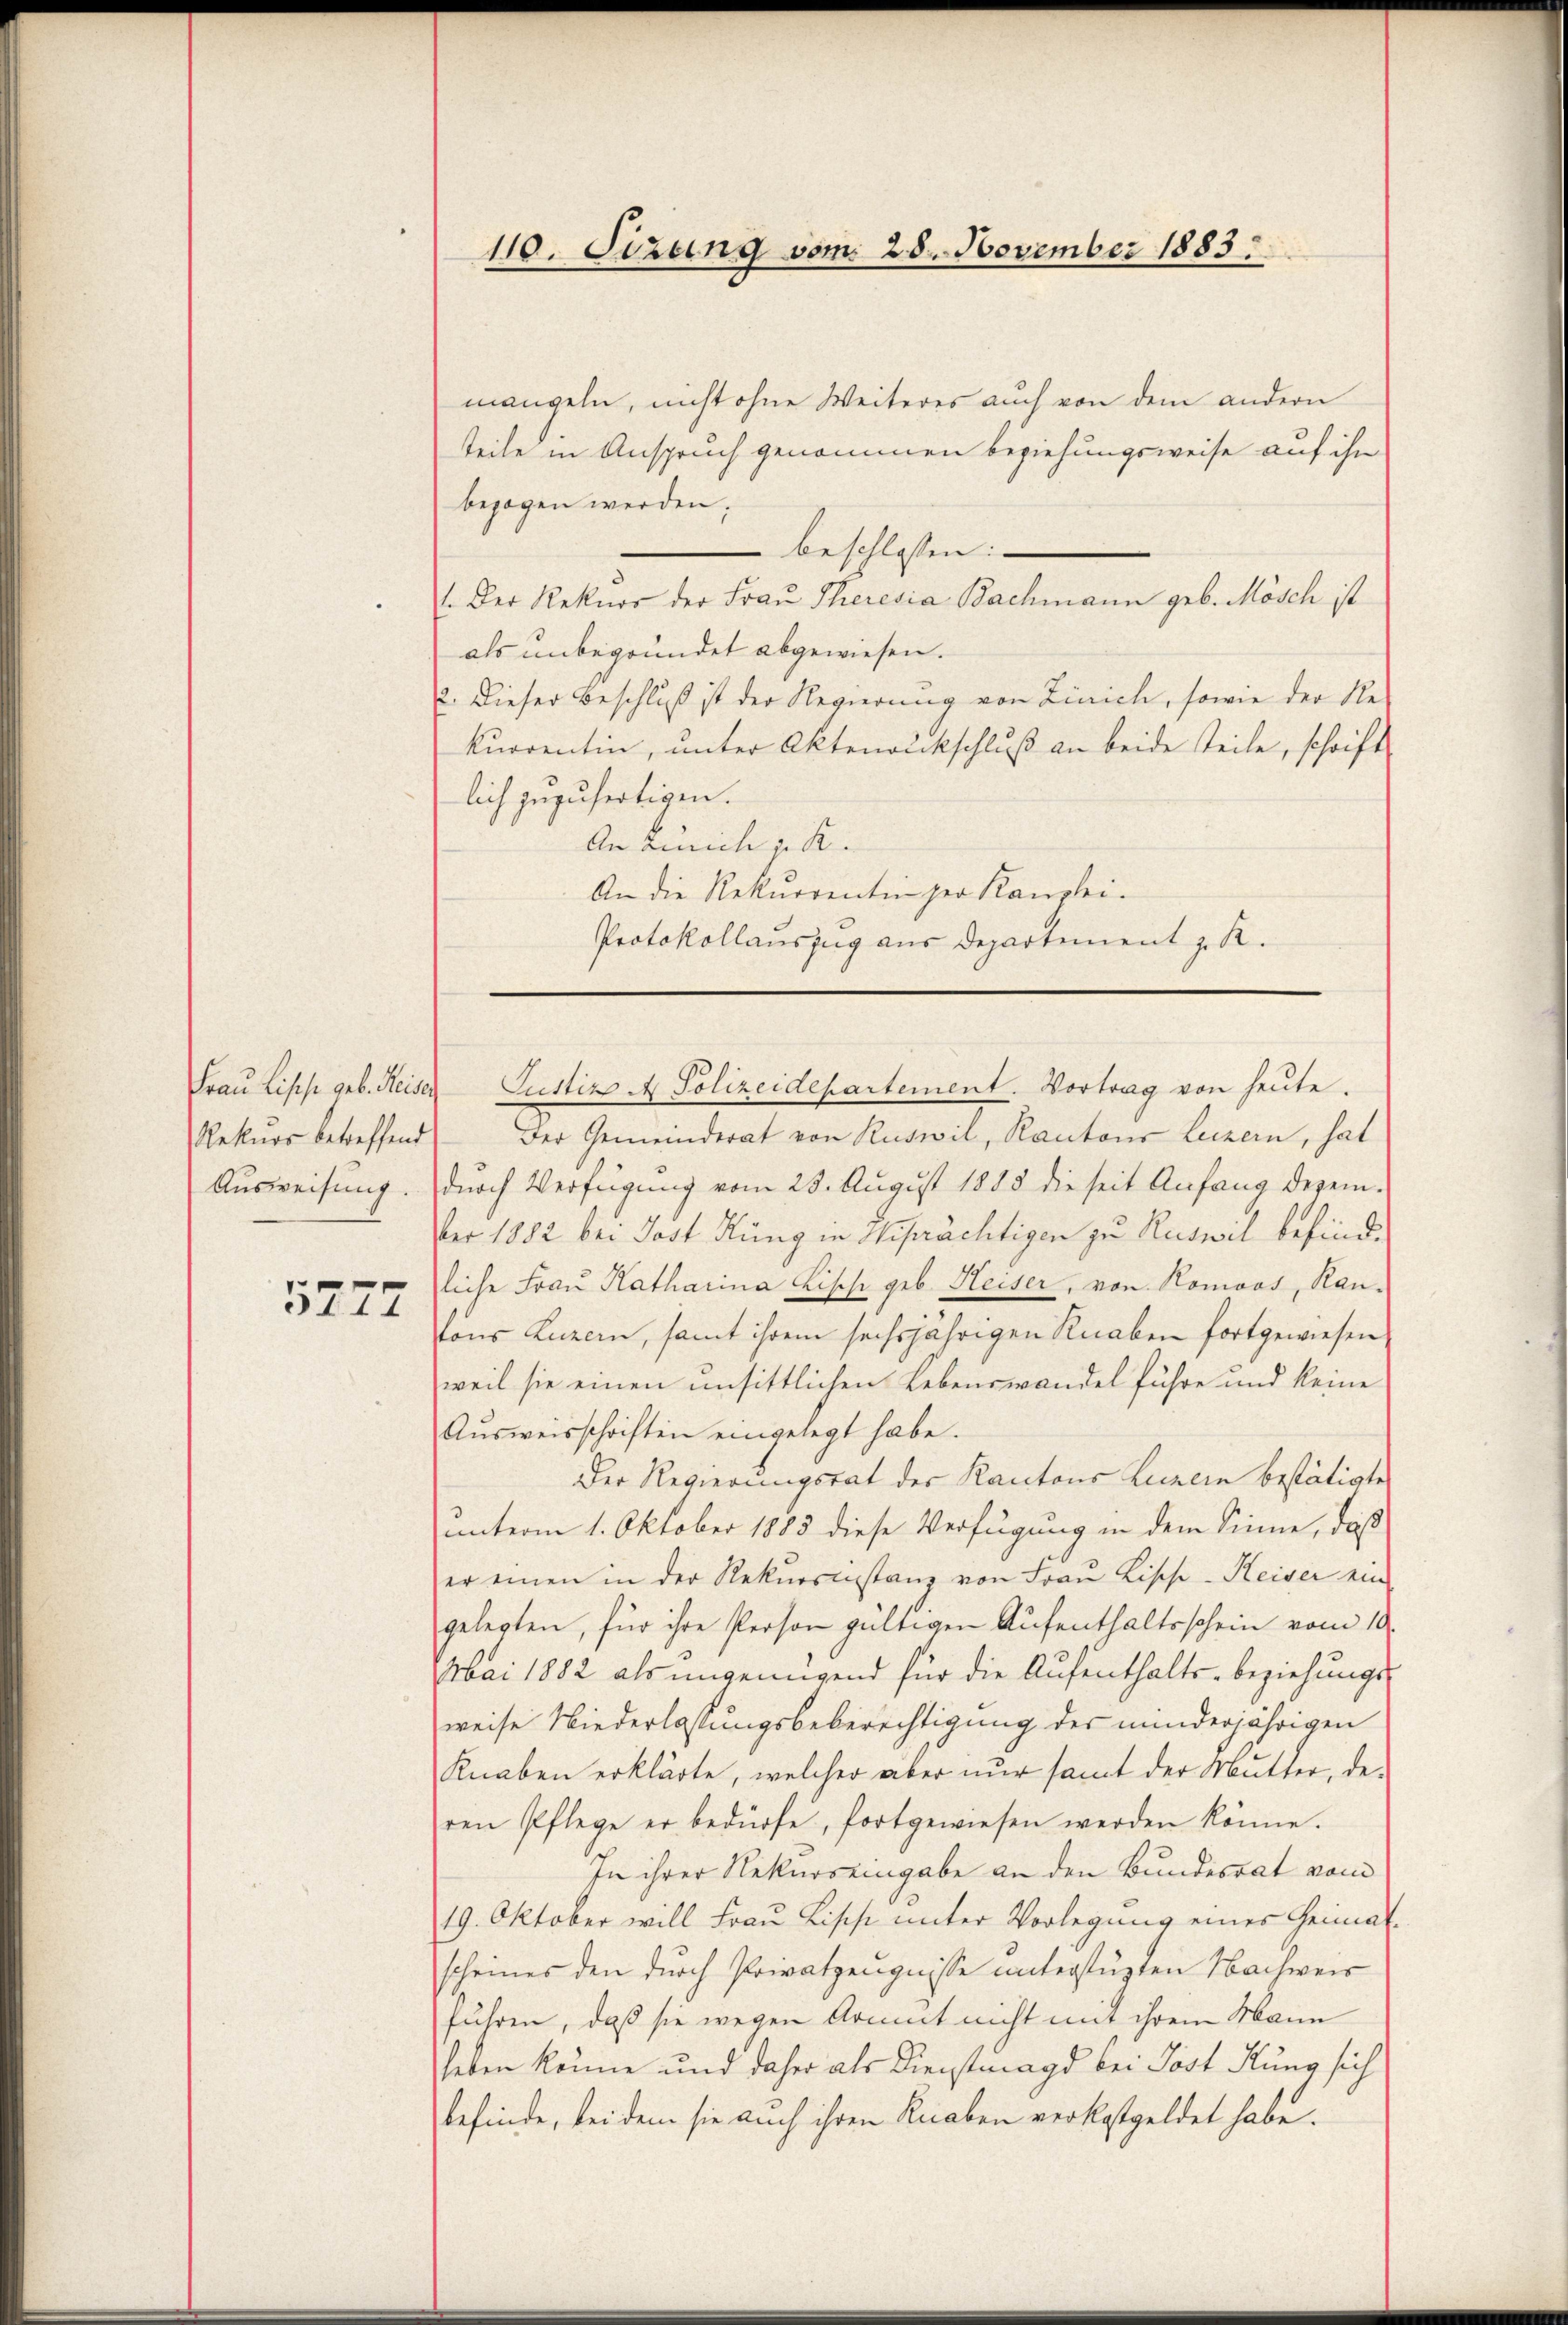
Rekurs betreffend

5777

110. Sizung vom 28. November 1883

mangeln, nicht ohne Weiteres auch von dem andern
teile in Anspruch genommen beziehungsweise auf ihn
bezogen werden.
beschlossen:
1. Der Rekurs der Frau Theresia Bachmann geb. Mösch ist
als unbegründet abgewiesen.
2. Dieser Beschluß ist der Regierung von Zürich, sowie der Re
kurrentin, unter Aktenrukschluß an beide teile, schrift
lich zuzufertigen.
An Zürich v. R.
An die Rekurrentin her Kanzlei.
Protokollauszug aus Departement z. R.

Frau Lips geb. Heiser Justiz M. Polizeidepartement. Vortrag von heute.

Der Gemeinderat von Ruswil, Kantons Luzern, hat
Ausweisung. Durch Verfügung vom 23. August 1883 die seit Anfang deren-
er 1882 bei Jost Küng in Wiprächtigen zu Ruswil befindliche Fraŭ Katharina Lische geb. Heiser, von Romoos, Kan-
tons Luzern, samt ihrem sechsjährigen Knaben fortgewiesen,
weil sie einen unsittlichen Lebenswandel führe und keine
Aŭsweisschriften eingelegt habe.
Der Regierungsrat der Kantons Luzern bestätigte
unterm 1. Oktober 1883 diese Verfügung in dem Sinne, daß
er einen in der Rekursinstanz von Frau Lische Heiser ein
gelegten, für ihre Person gültigen Aufenthaltsschein vom 10.
Mai 1882 als ungenügend für die Aufenthalts- beziehungs
weise Niederlassungsbeberechtigung des minderjährigen
Knaben erklärte, welcher aber nur samt der Mutter, de-
ren Pflege er bedürfe, fortgewiesen werden könne.
In ihrer Rekurs eingabe an den Bundesrat vom
19. Oktober will Frau Lische unter Vorlegung eines Heimat-
scheines den durch Privatzeugnisse unterstüzten Nachweis
führen, daß sie wegen Armut nicht mit ihrem Mann
heben könne und daher als Dienstmagd bei Post Kunz sich
befinde, bei dem sie auch ihren Knaben verkostgeldet habe.